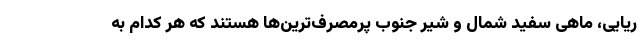
ریایی، ماهی سفید شمال و شیر جنوب پرمصرف‌ترین‌ها هستند که هر کدام به